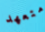
متعهد